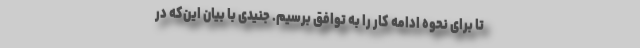
تا برای نحوه ادامه کار را به توافق برسیم. جنیدی با بیان این‌که در